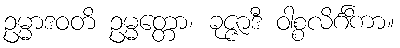
ဥမ္မာဒဝတိ ဥမ္မတ္တော၊ ခုဇ္ဇာဒီ ဝါစ္စလိင်္ဂိကာ။